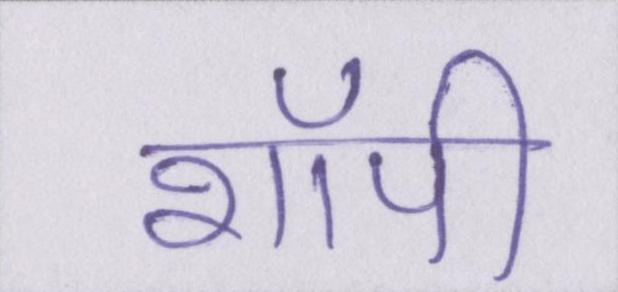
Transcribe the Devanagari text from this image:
शॉपी